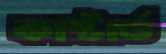
কাস্টার্ড